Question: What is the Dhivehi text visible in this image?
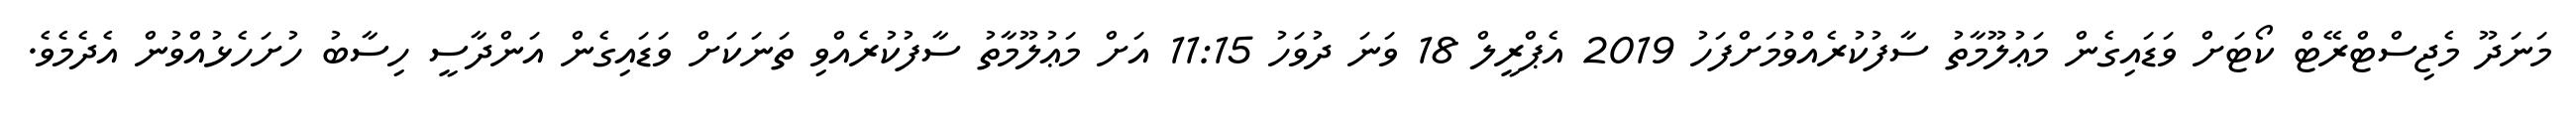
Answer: މަނަދޫ މެޖިސްޓްރޭޓް ކޯޓަށް ވަޑައިގެން މަޢުލޫމާތު ސާފުކުރެއްވުމަށްފަހު 2019 އެޕްރީލް 18 ވަނަ ދުވަހު 11:15 އަށް މަޢުލޫމާތު ސާފުކުރެއްވި ތަނަކަށް ވަޑައިގެން އަންދާސީ ހިސާބު ހުށަހެޅުއްވުން އެދެމެވެ.